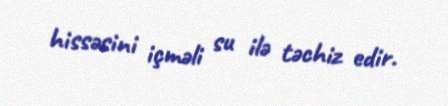
hissəsini içməli su ilə təchiz edir.